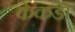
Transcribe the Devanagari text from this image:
केकडों